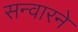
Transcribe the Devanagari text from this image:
सन्वारने